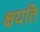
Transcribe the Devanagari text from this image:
क्षयति